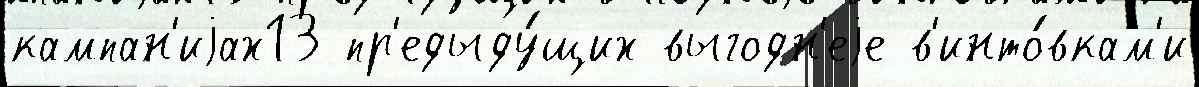
кампан'иjах13 пр'едыду́щих выгодн'еjе в'инто́вкам'и